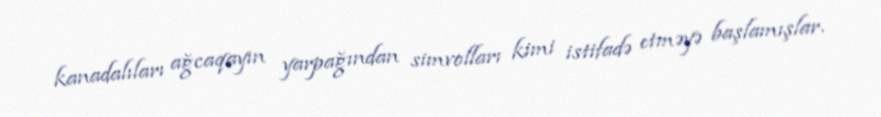
kanadalıları ağcaqayın yarpağından simvolları kimi istifadə etməyə başlamışlar.